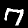
Label: 7